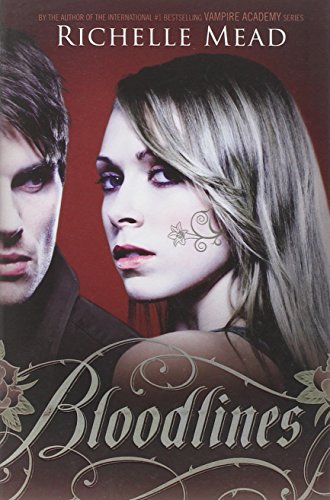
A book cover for Bloodlines; Richelle Mead; Teen & Young Adult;